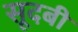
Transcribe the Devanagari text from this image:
सूदबी